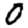
Digit: 0